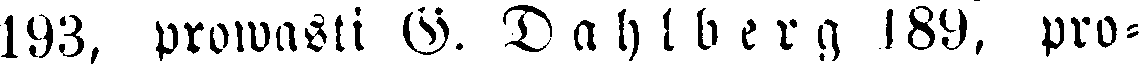
193, prowasti G. Dahlberg 189, pro-